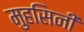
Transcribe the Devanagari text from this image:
मुहसिनी